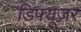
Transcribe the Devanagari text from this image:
डिफ्यूज़र